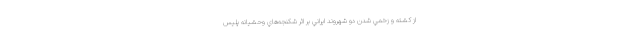
از كشته و زخمي شدن دو شهروند ايراني بر اثر شكنجه‌هاي وحشيانه پليس